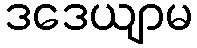
ဒဒေယျာမ